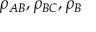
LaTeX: \rho _ { A B } , \rho _ { B C } , \rho _ { B }